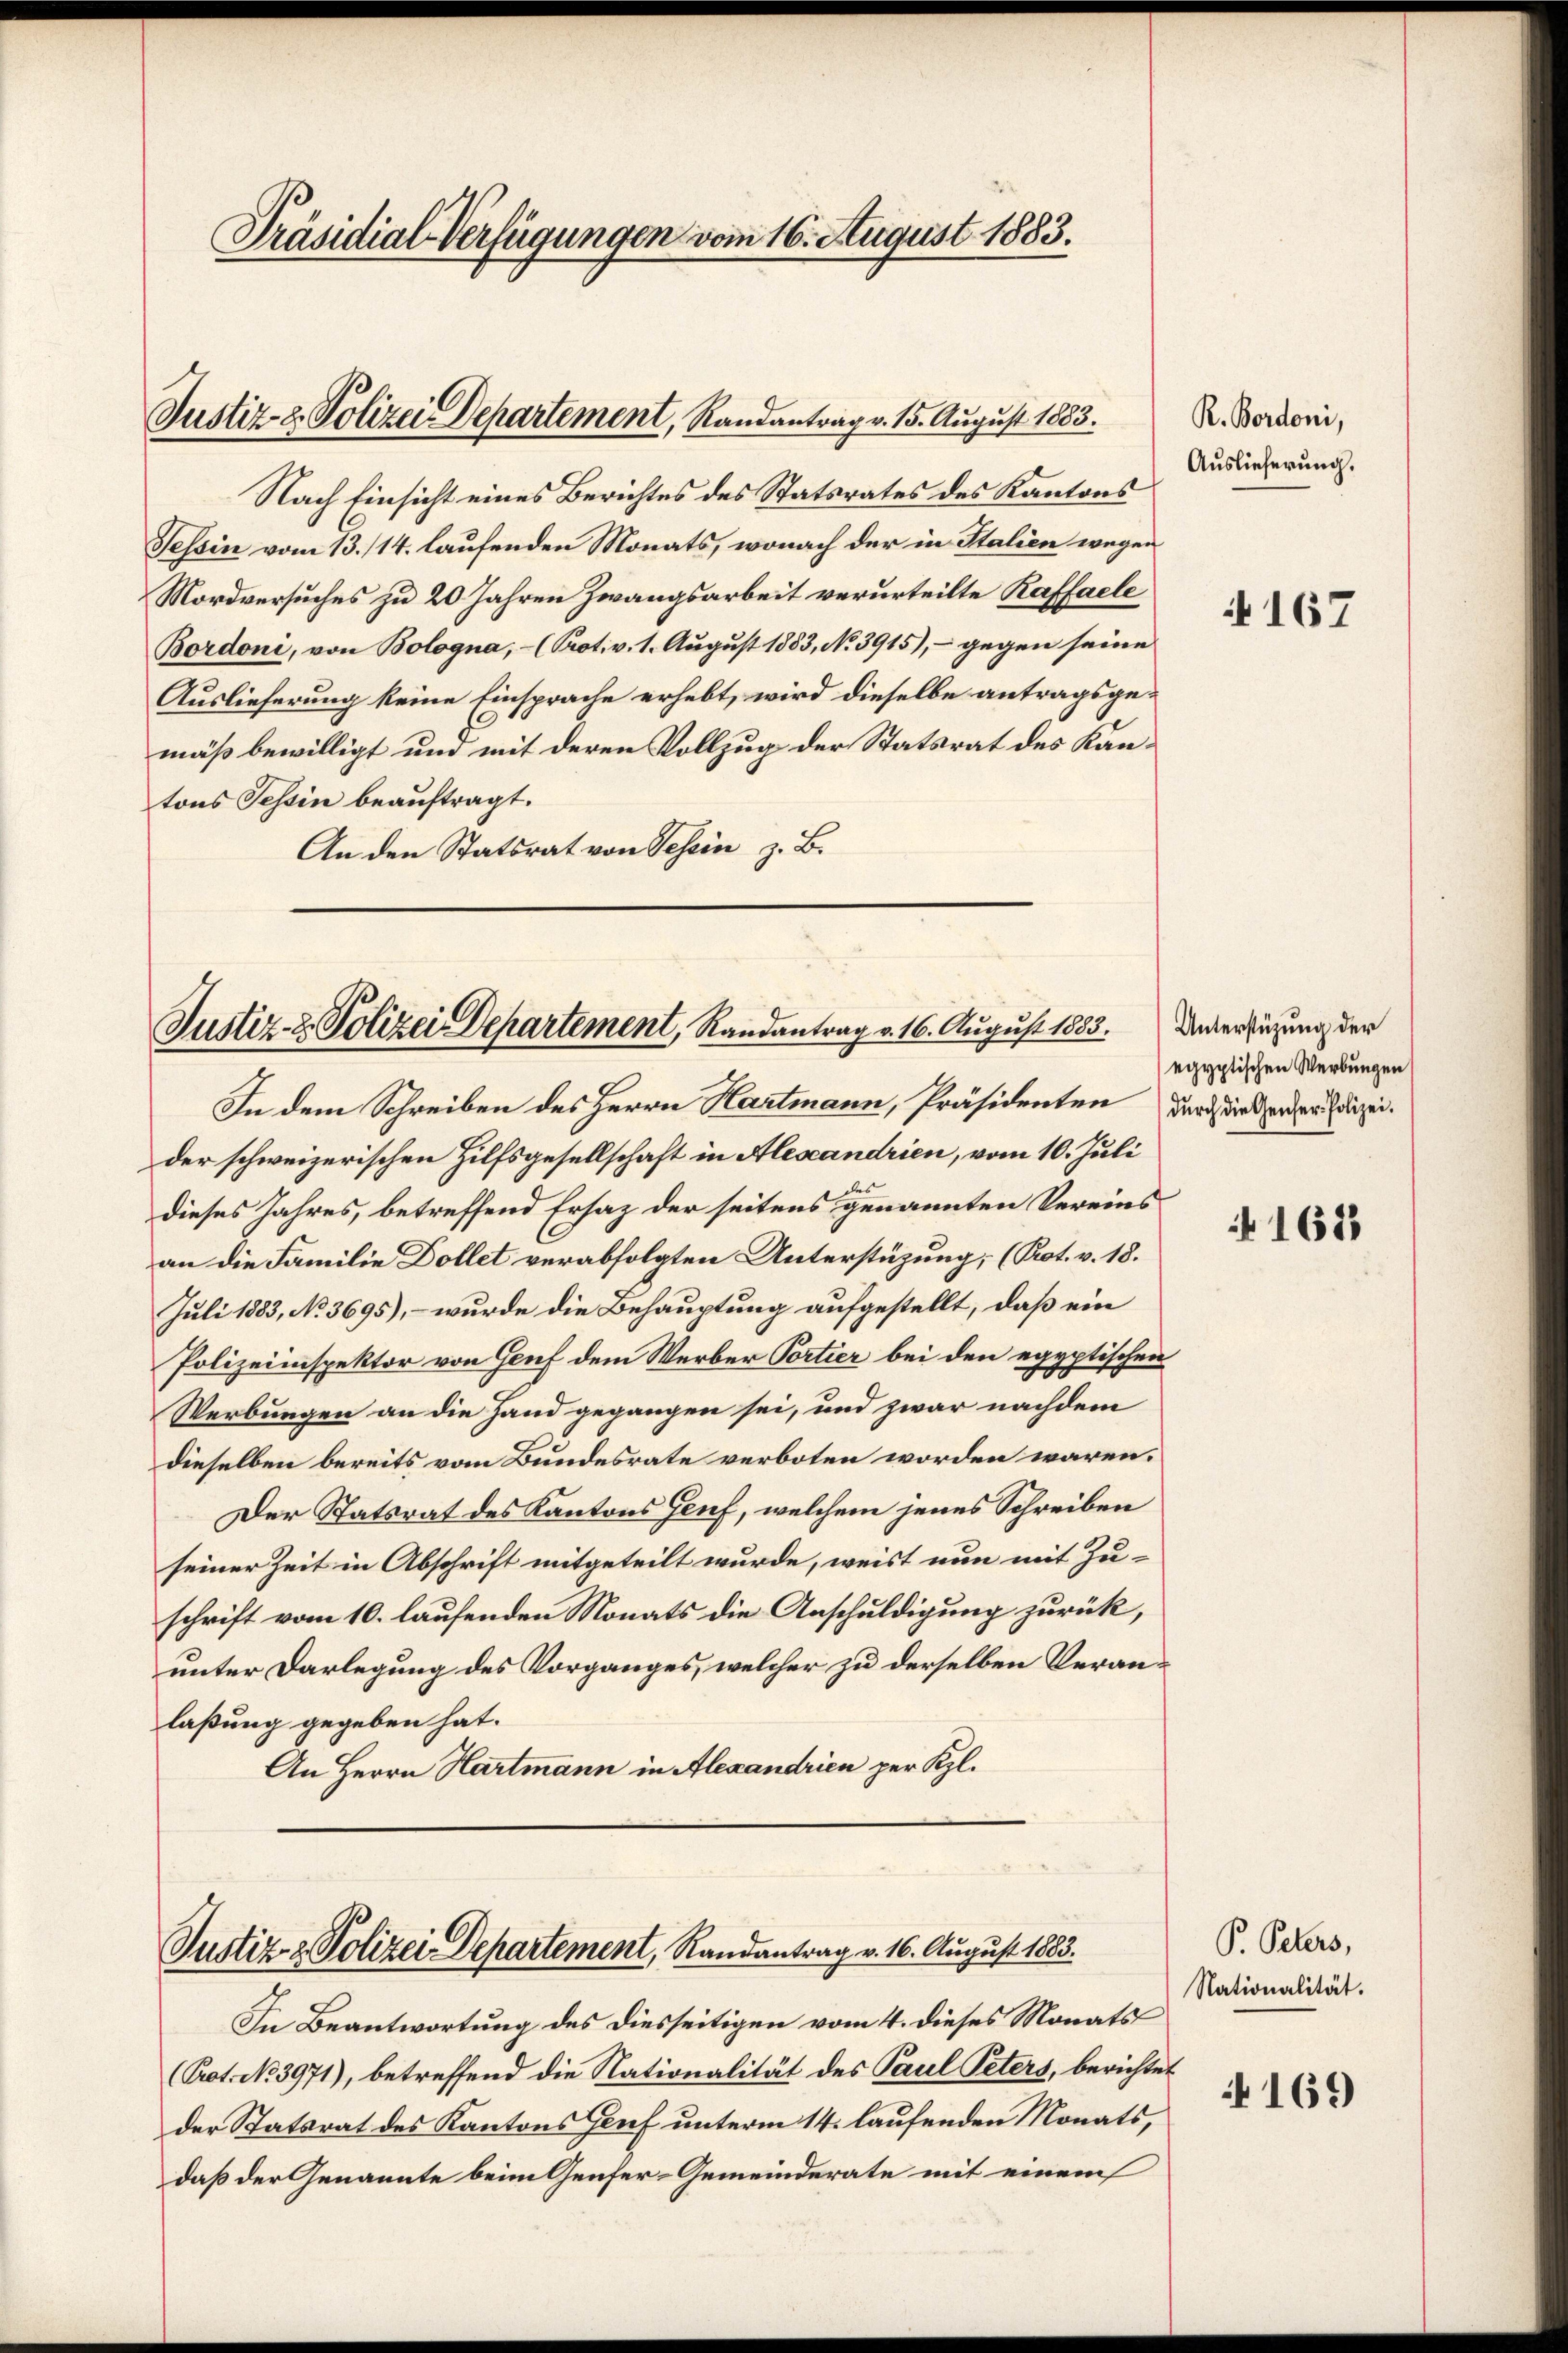
Präsidial-Verfügungen vom 16. August 1883.

Justiz- & Polizei Departement, Randantrag v. 15. August 1883.

Nach Einsicht eines Berichtes des Statsrates des Kantons
Tessin vom 13./14. laufenden Monats, wonach der in Italien wegen
Mordversuches zu 20 Jahren Zwangsarbeit verurteilte Raffaele
Bordoni, von Bologna, - (Prot. v. 1. August 1883, No 3915), - gegen seine
Auslieferung keine Einsprache erhebt, wird dieselbe antragsge-
mäß bewilligt und mit deren Vollzug der Statsrat des Kantons Tessin beauftragt.
An den Statsrat von Tessin z. B.

In dem Schreiben des Herrn Hartmann, Präsidenten durch dieserer Edizeider schweizerischen Hilfsgesellschaft in Alescandrien, vom 10. Juli
dieses Jahres, betreffend Ersatz der seitens genannten Vereins
an die Familie Dollet verabfolgten Unterstüzung, (Rot. v. 18.
Juli 1883, No 3695), – wurde die Behauptung aufgestellt, daß ein
Polizeiinspektor von Gruf dem Werber Portier bei den egyptischen
Werbungen an die Hand gegangen sei, und zwar nachdem
dieselben bereits vom Bundesrate verboten worden wären.
Der Statsrat des Kantons Genf, welchem jenes Schreiben
seiner Zeit in Abschrift mitgeteilt wurde, weist nun mit Zu-
schrift vom 10. laufenden Monats die Anschuldigung zurück,
unter Darlegung des Vorganges, welcher zu derselben Veranlaßung gegeben hat.
An Herrn Hartmann in Alexandrien per Kzl.

Justiz- & Polizei Departement, Randantrag v. 16. August 1883.

Justiz- & Polizei Departement, Randantrag v. 16. August 1883.

In Beantwortung des diesseitigen vom 4. dieses Monats
(Prot. No. 3971), betreffend die Nationalität des Paul Peters, berichtet
der Statsrat des Kantons Genf unterm 14. laufenden Monats,
daß der Genannte beim Genfer-Gemeinderate mit einem

R. Bordoni,
Auslieferung.

167

Unterstüzung der
egyptischen Werbungen

N 1611

P. Peters,
Nationalität.
169